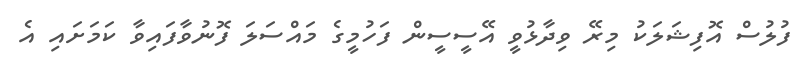
ފުލުސް އޮފިޝަލަކު މިރޭ ވިދާޅުވީ އޭސީސީން ފަހުމީގެ މައްސަލަ ފޮނުވާފައިވާ ކަމަށައި އެ